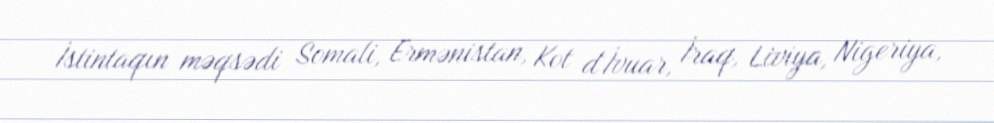
İstintaqın məqsədi Somali, Ermənistan, Kot d`İvuar, İraq, Liviya, Nigeriya,